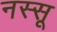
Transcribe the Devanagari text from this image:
नस्सू